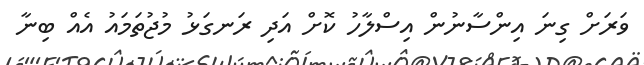
ވަރަށް ގިނަ އިންސާނުން އިސްލާހު ކޮށް އަދި ރަނގަޅު މުޖުތަމައު އެއް ބިނާ